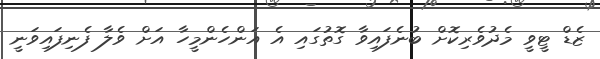
ޒެޑް ޓީވީ މެދުވެރިކޮށް ބުނެފައިވާ ގޮތުގައި އެ އަންހެންމީހާ އަށް ވެލާ ފެނިފައިވަނީ